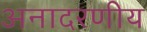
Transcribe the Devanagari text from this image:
अनादरणीय